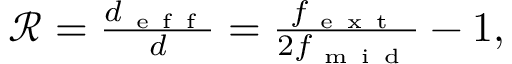
\begin{array} { r } { \mathcal { R } = \frac { d _ { \mathrm { ~ e ~ f ~ f ~ } } } { d } = \frac { f _ { \mathrm { ~ e ~ x ~ t ~ } } } { 2 f _ { \mathrm { ~ m ~ i ~ d ~ } } } - 1 , } \end{array}